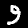
Digit: 9